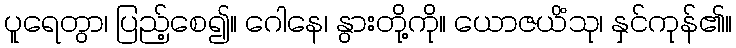
ပူရေတွာ၊ ပြည့်စေ၍။ ဂေါနေ၊ နွားတို့ကို။ ယောဇယိံသု၊ နှင်ကုန်၏။